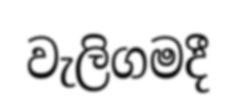
වැලිගමදී